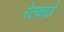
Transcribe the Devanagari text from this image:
रेटकार्डे